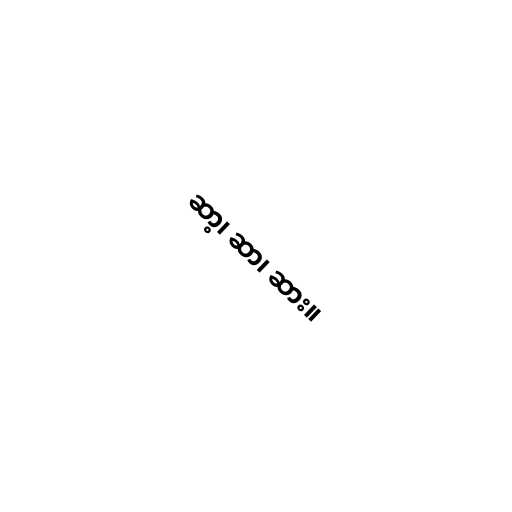
ဆာ့၊ ဆာ၊ ဆား။